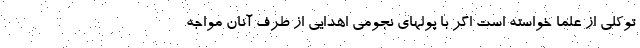
توکلی از علما خواسته است اگر با پولهای نجومی اهدایی از طرف آنان مواجه